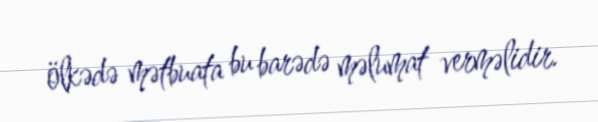
ölkədə mətbuata bu barədə məlumat verməlidir.